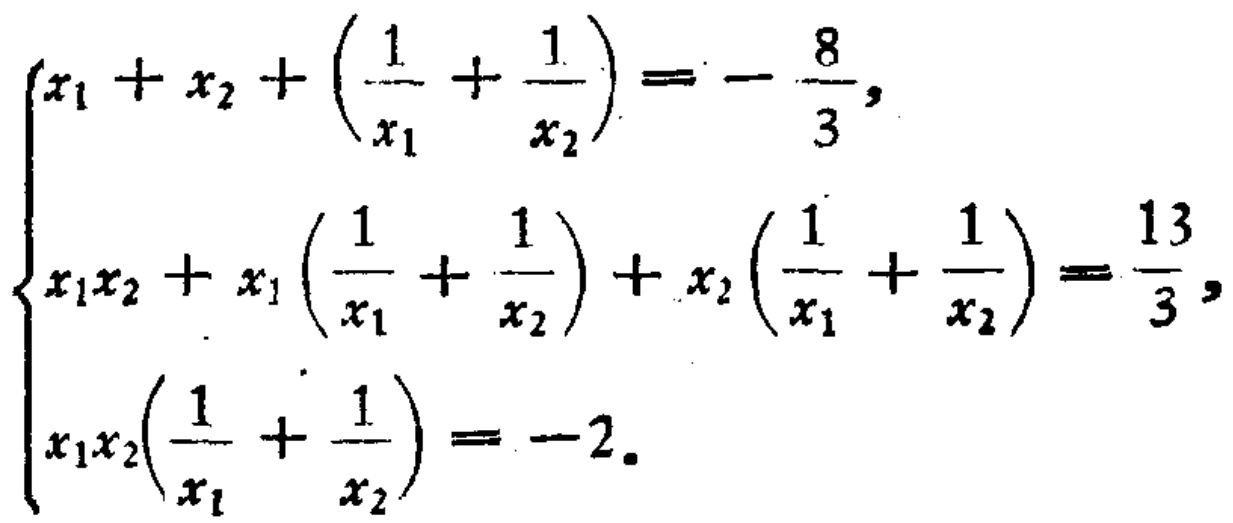
\[\begin{cases}
x_{1}+x_{2}+\left(\frac{1}{x_{1}}+\frac{1}{x_{2}}\right)=-\frac{8}{3},\\
x_{1}x_{2}+x_{1}\left(\frac{1}{x_{1}}+\frac{1}{x_{2}}\right)+x_{2}\left(\frac{1}{x_{1}}+\frac{1}{x_{2}}\right)=\frac{13}{3},\\
x_{1}x_{2}\left(\frac{1}{x_{1}}+\frac{1}{x_{2}}\right)=-2.
\end{cases}\]